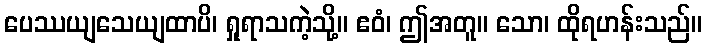
ပေဿယျသေယျထာပိ၊ ရှုရာသကဲ့သို့။ ဧဝံ၊ ဤအတူ။ သော၊ ထိုရဟန်းသည်။